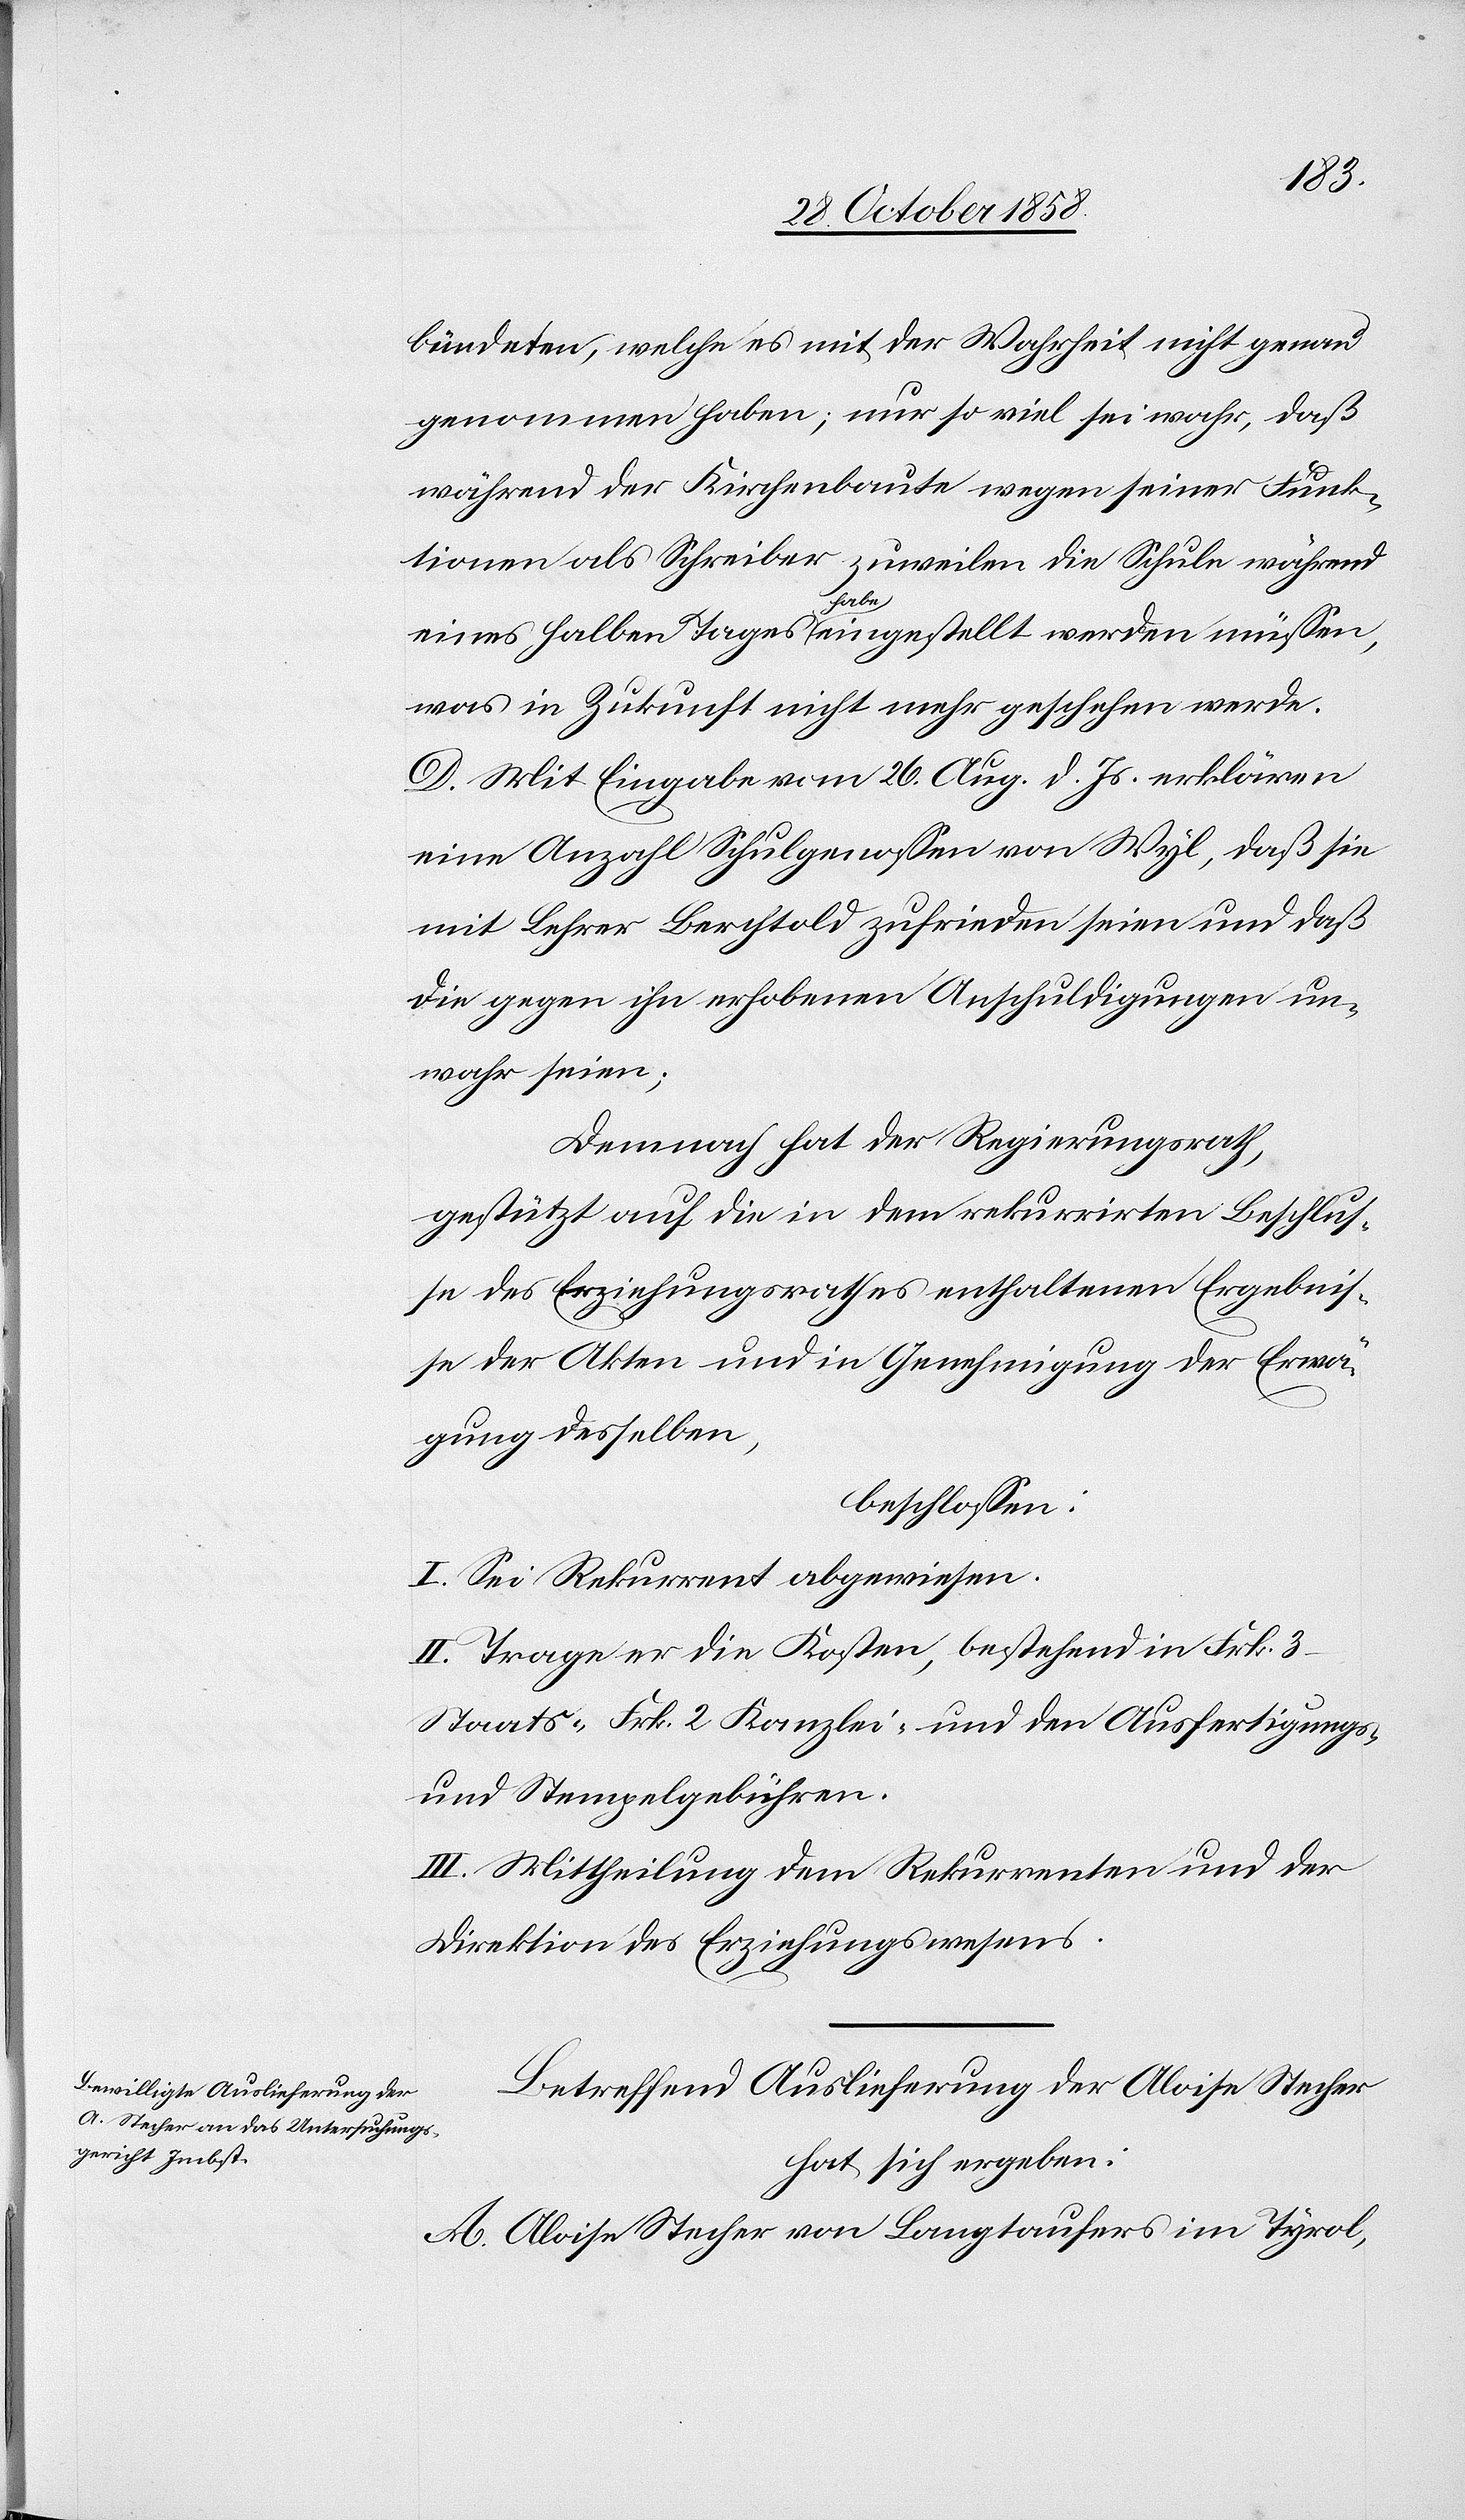
bündeten, welche es mit der Wahrheit nicht genau
genommen haben; nur so viel sei wahr, daß
während der Kirchenbaute wegen seiner Funk¬
tionen als Schreiber zuweilen die Schule während
eines halben Tages habe eingestellt werden müssen,
was in Zukunft nicht mehr geschehen werde.
D. Mit Eingabe vom 26. Aug. d. Js. erklären
eine Anzahl Schulgenossen von Wyl, daß sie
mit Lehrer Berchtold zufrieden seien und daß
die gegen ihn erhobenen Anschuldigungen un¬
wahr seien;
Demnach hat der Regierungsrath,
gestützt auf die in dem rekurrirten Beschlus¬
se des Erziehungsrathes enthaltenen Ergebnis¬
se der Akten und in Genehmigung der Erwä¬
gung desselben,
beschlossen:
I. Sei Rekurrent abgewiesen.
II. Trage er die Kosten, bestehend in Frk. 3
Staats-[,] Frk. 2 Kanzlei- und den Ausfertigungs-
und Stempelgebühren.
III. Mittheilung dem Rekurrenten und der
Direktion des Erziehungswesens.
Betreffend Auslieferung der Aloise Stecher
hat sich ergeben:
A. Aloise Stecher von Langtaufers im Tyrol,